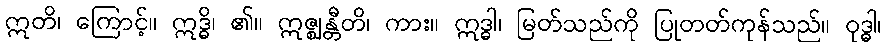
ဣတိ၊ ကြောင့်။ ဣဒ္ဓိ၊ ၏။ ဣဇ္ဈန္တီတိ၊ ကား။ ဣဒ္ဓါ၊ မြတ်သည်ကို ပြုတတ်ကုန်သည်။ ဝုဒ္ဓါ၊